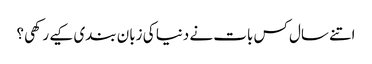
اتنے سال کس بات نے دنیا کی زبان بندی کیے رکھی؟